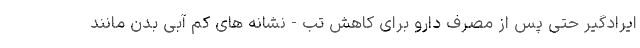
ایرادگیر حتی پس از مصرف دارو برای کاهش تب - نشانه های کم آبی بدن مانند